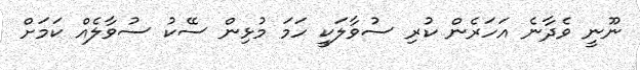
ނޫނީ ވެދާނެ އަހަރެން ކުރި ސުވާލަކީ ހަމަ މުޅިން ސޭކު ސުވާލެއް ކަމަށް